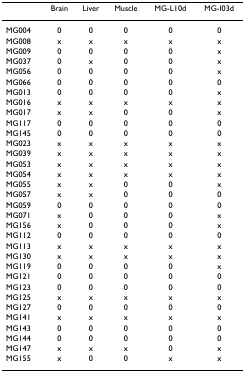
<table><thead><tr><td></td><td><b>Brain</b></td><td><b>Liver</b></td><td><b>Muscle</b></td><td><b>MG-L10d</b></td><td><b>MG-I03d</b></td></tr></thead><tbody><tr><td>MG004</td><td>0</td><td>0</td><td>0</td><td>0</td><td>0</td></tr><tr><td>MG008</td><td>x</td><td>x</td><td>x</td><td>x</td><td>x</td></tr><tr><td>MG009</td><td>0</td><td>0</td><td>0</td><td>0</td><td>x</td></tr><tr><td>MG037</td><td>0</td><td>x</td><td>0</td><td>0</td><td>x</td></tr><tr><td>MG056</td><td>0</td><td>0</td><td>0</td><td>0</td><td>x</td></tr><tr><td>MG066</td><td>0</td><td>0</td><td>0</td><td>0</td><td>0</td></tr><tr><td>MG013</td><td>0</td><td>0</td><td>0</td><td>0</td><td>x</td></tr><tr><td>MG016</td><td>x</td><td>x</td><td>x</td><td>x</td><td>x</td></tr><tr><td>MG017</td><td>x</td><td>x</td><td>0</td><td>0</td><td>x</td></tr><tr><td>MG117</td><td>0</td><td>0</td><td>0</td><td>0</td><td>0</td></tr><tr><td>MG145</td><td>0</td><td>0</td><td>0</td><td>0</td><td>0</td></tr><tr><td>MG023</td><td>x</td><td>x</td><td>x</td><td>x</td><td>x</td></tr><tr><td>MG039</td><td>x</td><td>x</td><td>x</td><td>x</td><td>x</td></tr><tr><td>MG053</td><td>x</td><td>x</td><td>x</td><td>x</td><td>x</td></tr><tr><td>MG054</td><td>x</td><td>x</td><td>x</td><td>x</td><td>x</td></tr><tr><td>MG055</td><td>x</td><td>x</td><td>0</td><td>0</td><td>x</td></tr><tr><td>MG057</td><td>x</td><td>x</td><td>0</td><td>0</td><td>0</td></tr><tr><td>MG059</td><td>0</td><td>0</td><td>0</td><td>0</td><td>0</td></tr><tr><td>MG071</td><td>x</td><td>0</td><td>0</td><td>0</td><td>x</td></tr><tr><td>MG156</td><td>x</td><td>0</td><td>0</td><td>0</td><td>x</td></tr><tr><td>MG112</td><td>0</td><td>0</td><td>0</td><td>0</td><td>0</td></tr><tr><td>MG113</td><td>x</td><td>x</td><td>x</td><td>x</td><td>x</td></tr><tr><td>MG130</td><td>x</td><td>x</td><td>x</td><td>x</td><td>x</td></tr><tr><td>MG119</td><td>0</td><td>0</td><td>0</td><td>0</td><td>x</td></tr><tr><td>MG121</td><td>0</td><td>0</td><td>0</td><td>0</td><td>0</td></tr><tr><td>MG123</td><td>0</td><td>0</td><td>0</td><td>0</td><td>0</td></tr><tr><td>MG125</td><td>x</td><td>x</td><td>x</td><td>x</td><td>x</td></tr><tr><td>MG127</td><td>0</td><td>0</td><td>0</td><td>0</td><td>0</td></tr><tr><td>MG141</td><td>x</td><td>x</td><td>x</td><td>x</td><td>x</td></tr><tr><td>MG143</td><td>0</td><td>0</td><td>0</td><td>0</td><td>0</td></tr><tr><td>MG144</td><td>0</td><td>0</td><td>0</td><td>0</td><td>0</td></tr><tr><td>MG147</td><td>x</td><td>x</td><td>x</td><td>0</td><td>x</td></tr><tr><td>MG155</td><td>x</td><td>0</td><td>0</td><td>x</td><td>x</td></tr></tbody></table>